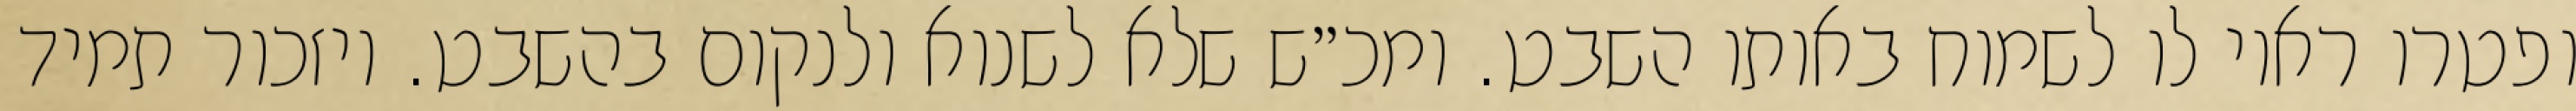
ופטרו ראוי לו לשמוח באותו השבט. ומכ״ש שלא לשנוא ולנקום בהשבט. ויזכור תמיד